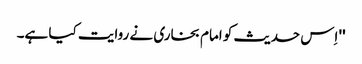
'' اِس حدیث کو امام بخاری نے روایت کیا ہے۔